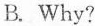
B. Why?